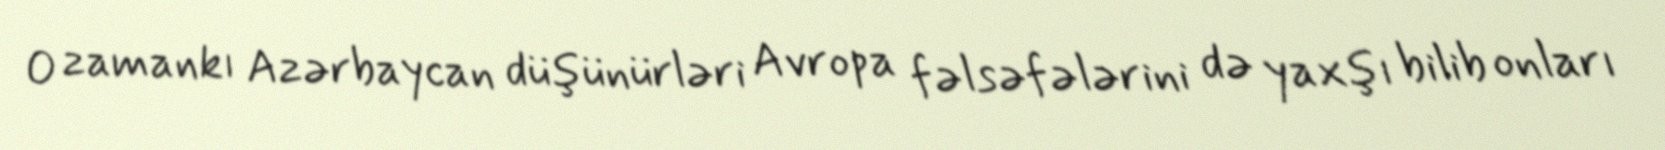
O zamankı Azərbaycan düşünürləri Avropa fəlsəfələrini də yaxşı bilib onları